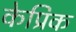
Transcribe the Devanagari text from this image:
केप्रिक